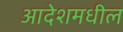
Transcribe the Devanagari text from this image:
आदेशमधील